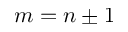
m = n \pm 1